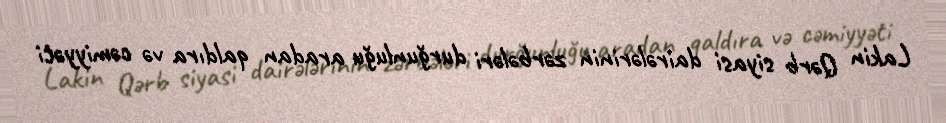
Lakin Qərb siyasi dairələrinin zərbələri durğunluğu aradan qaldıra və cəmiyyəti